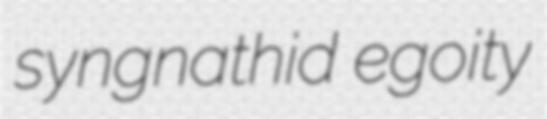
syngnathid egoity